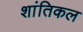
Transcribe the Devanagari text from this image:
शांतिकल